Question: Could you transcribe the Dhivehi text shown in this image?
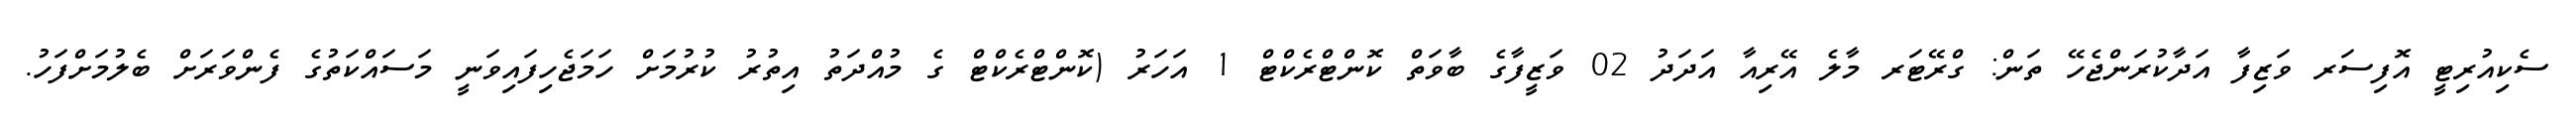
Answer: ސެކިއުރިޓީ އޮފިސަރ ވަޒިފާ އަދާކުރަންޖެހޭ ތަން: ގްރޭޓަރ މާލެ އޭރިއާ އަދަދު 02 ވަޒީފާގެ ބާވަތް ކޮންޓްރެކްޓް 1 އަހަރު (ކޮންޓްރެކްޓް ގެ މުއްދަތު އިތުރު ކުރުމަށް ހަމަޖެހިފައިވަނީ މަސައްކަތުގެ ފެންވަރަށް ބެލުމަށްފަހު.